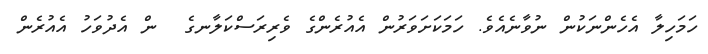
ހަމަހިލާ އެހެންނަކުން ނުވާނެއެވެ. ހަމަކަށަވަރުން އެއުރެންގެ ވެރިރަސްކަލާނގެ  ން އެދުވަހު އެއުރެން